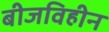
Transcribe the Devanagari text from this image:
बीजविहीन